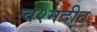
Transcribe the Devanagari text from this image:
चश्मदीठ